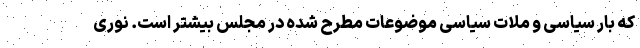
که بار سیاسی و ملات سیاسی موضوعات مطرح شده در مجلس بیشتر است. نوری